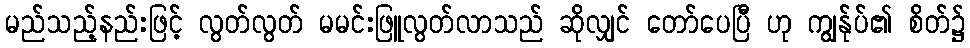
မည်သည့်နည်းဖြင့် လွတ်လွတ် မမင်းဖြူလွတ်လာသည် ဆိုလျှင် တော်ပေပြီ ဟု ကျွန်ုပ်၏ စိတ်၌